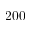
2 0 0